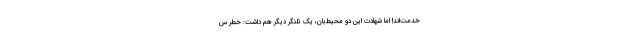
خدمت‌اند! اما شهادت این دو محیط‌بان، یک تلنگر دیگر هم داشت: خطر س